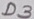
Text: D3